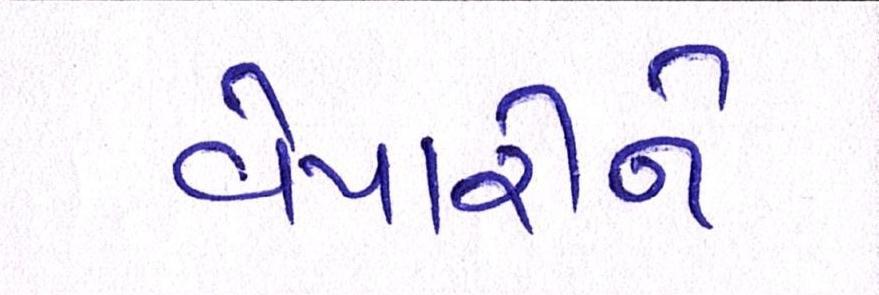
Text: વેપારીને